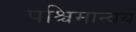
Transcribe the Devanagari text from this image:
पश्चिमान्वय